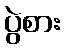
ပွဲစား